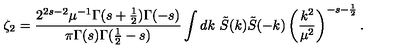
\zeta _ { 2 } = \frac { 2 ^ { 2 s - 2 } \mu ^ { - 1 } \Gamma ( s + \frac { 1 } { 2 } ) \Gamma ( - s ) } { \pi \Gamma ( s ) \Gamma ( \frac 1 2 - s ) } \int d k \ \tilde { S } ( k ) \tilde { S } ( - k ) \left( \frac { k ^ { 2 } } { \mu ^ { 2 } } \right) ^ { - s - \frac { 1 } { 2 } } .